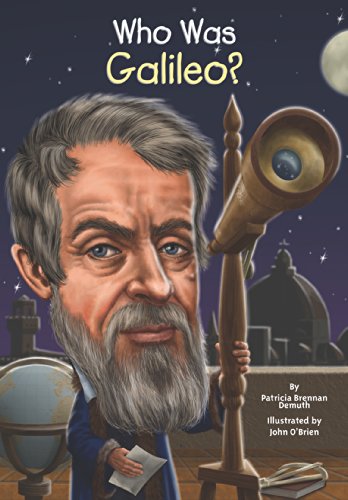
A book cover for Who Was Galileo?; Patricia Brennan Demuth; Literature & Fiction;